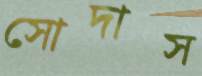
সোদাস